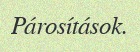
Párosítások.